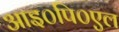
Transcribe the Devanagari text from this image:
आइ०पि०एल